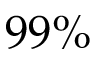
9 9 \%